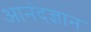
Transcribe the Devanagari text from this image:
आनंदज्ञान